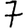
Digit: 7